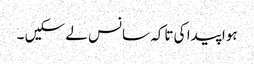
ہوا پیدا کی تاکہ سانس لے سکیں ۔